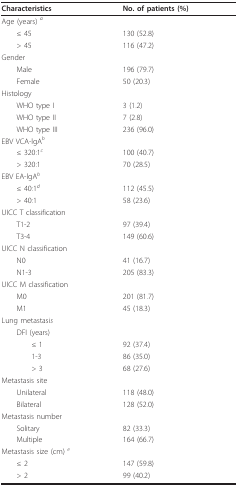
| Characteristics | No. of patients (%) |
 | --- | --- |
 | Age (years) a |  |
 | ≤ 45 | 130 (52.8) |
 | > 45 | 116 (47.2) |
 | Gender |  |
 | Male | 196 (79.7) |
 | Female | 50 (20.3) |
 | Histology |  |
 | WHO type I | 3 (1.2) |
 | WHO type II | 7 (2.8) |
 | WHO type III | 236 (96.0) |
 | EBV VCA-lgAb |  |
 | ≤ 320:1c | 100 (40.7) |
 | > 320:1 | 70 (28.5) |
 | EBV EA-lgAb |  |
 | ≤ 40:1d | 112 (45.5) |
 | > 40:1 | 58 (23.6) |
 | UICC T classification |  |
 | T1-2 | 97 (39.4) |
 | T3-4 | 149 (60.6) |
 | UICC N classification |  |
 | N0 | 41 (16.7) |
 | N1-3 | 205 (83.3) |
 | UICC M classification |  |
 | M0 | 201 (81.7) |
 | M1 | 45 (18.3) |
 | Lung metastasis |  |
 | DFI (years) |  |
 | ≤ 1 | 92 (37.4) |
 | 1-3 | 86 (35.0) |
 | > 3 | 68 (27.6) |
 | Metastasis site |  |
 | Unilateral | 118 (48.0) |
 | Bilateral | 128 (52.0) |
 | Metastasis number |  |
 | Solitary | 82 (33.3) |
 | Multiple | 164 (66.7) |
 | Metastasis size (cm) e |  |
 | ≤ 2 | 147 (59.8) |
 | > 2 | 99 (40.2) |